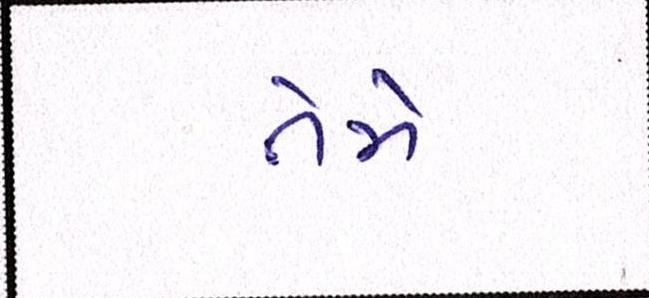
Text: તેમે